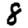
Digit: 8